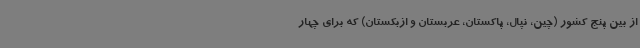
از بین پنج کشور (چین، نپال، پاکستان، عربستان و ازبکستان) که برای چهار